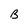
Character: B